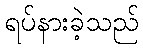
ရပ်နားခဲ့သည်